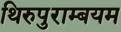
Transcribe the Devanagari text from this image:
थिरुपुराम्बयम